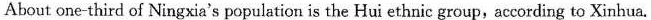
About one-third of Ningxia's population is the Hui ethnic group,according to Xinhua.